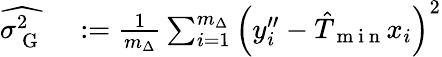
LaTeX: \begin{array}{rl}{\widehat{\sigma_{\mathrm{~G~}}^{2}}}&{{}:=\frac{1}{m_{\Delta}}\sum_{i=1}^{m_{\Delta}}\left(y_{i}^{\prime\prime}-\hat{T}_{\mathrm{~m~i~n~}}x_{i}\right)^{2}}\end{array}